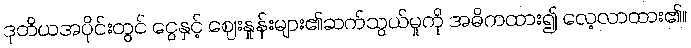
ဒုတိယအပိုင်းတွင် ငွေနှင့် ဈေးနှုန်းများ၏ဆက်သွယ်မှုကို အဓိကထား၍ လေ့လာထား၏။